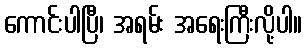
ကောင်းပါပြီ၊ အရမ်း အရေးကြီးလို့ပါ။